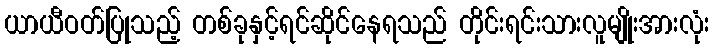
ယာယီဝတ်ပြုသည့် တစ်ခုနှင့်ရင်ဆိုင်နေရသည် တိုင်းရင်းသားလူမျိုးအားလုံး